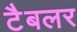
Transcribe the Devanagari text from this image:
टैबलर